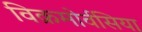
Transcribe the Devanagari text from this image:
विक्रमोर्वसिया